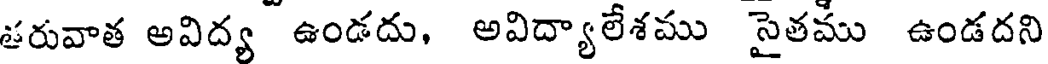
తరువాత అవిద్య ఉండదు, అవిద్యాలేశము సైతము ఉండదని